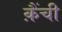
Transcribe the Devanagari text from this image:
क़ैंची